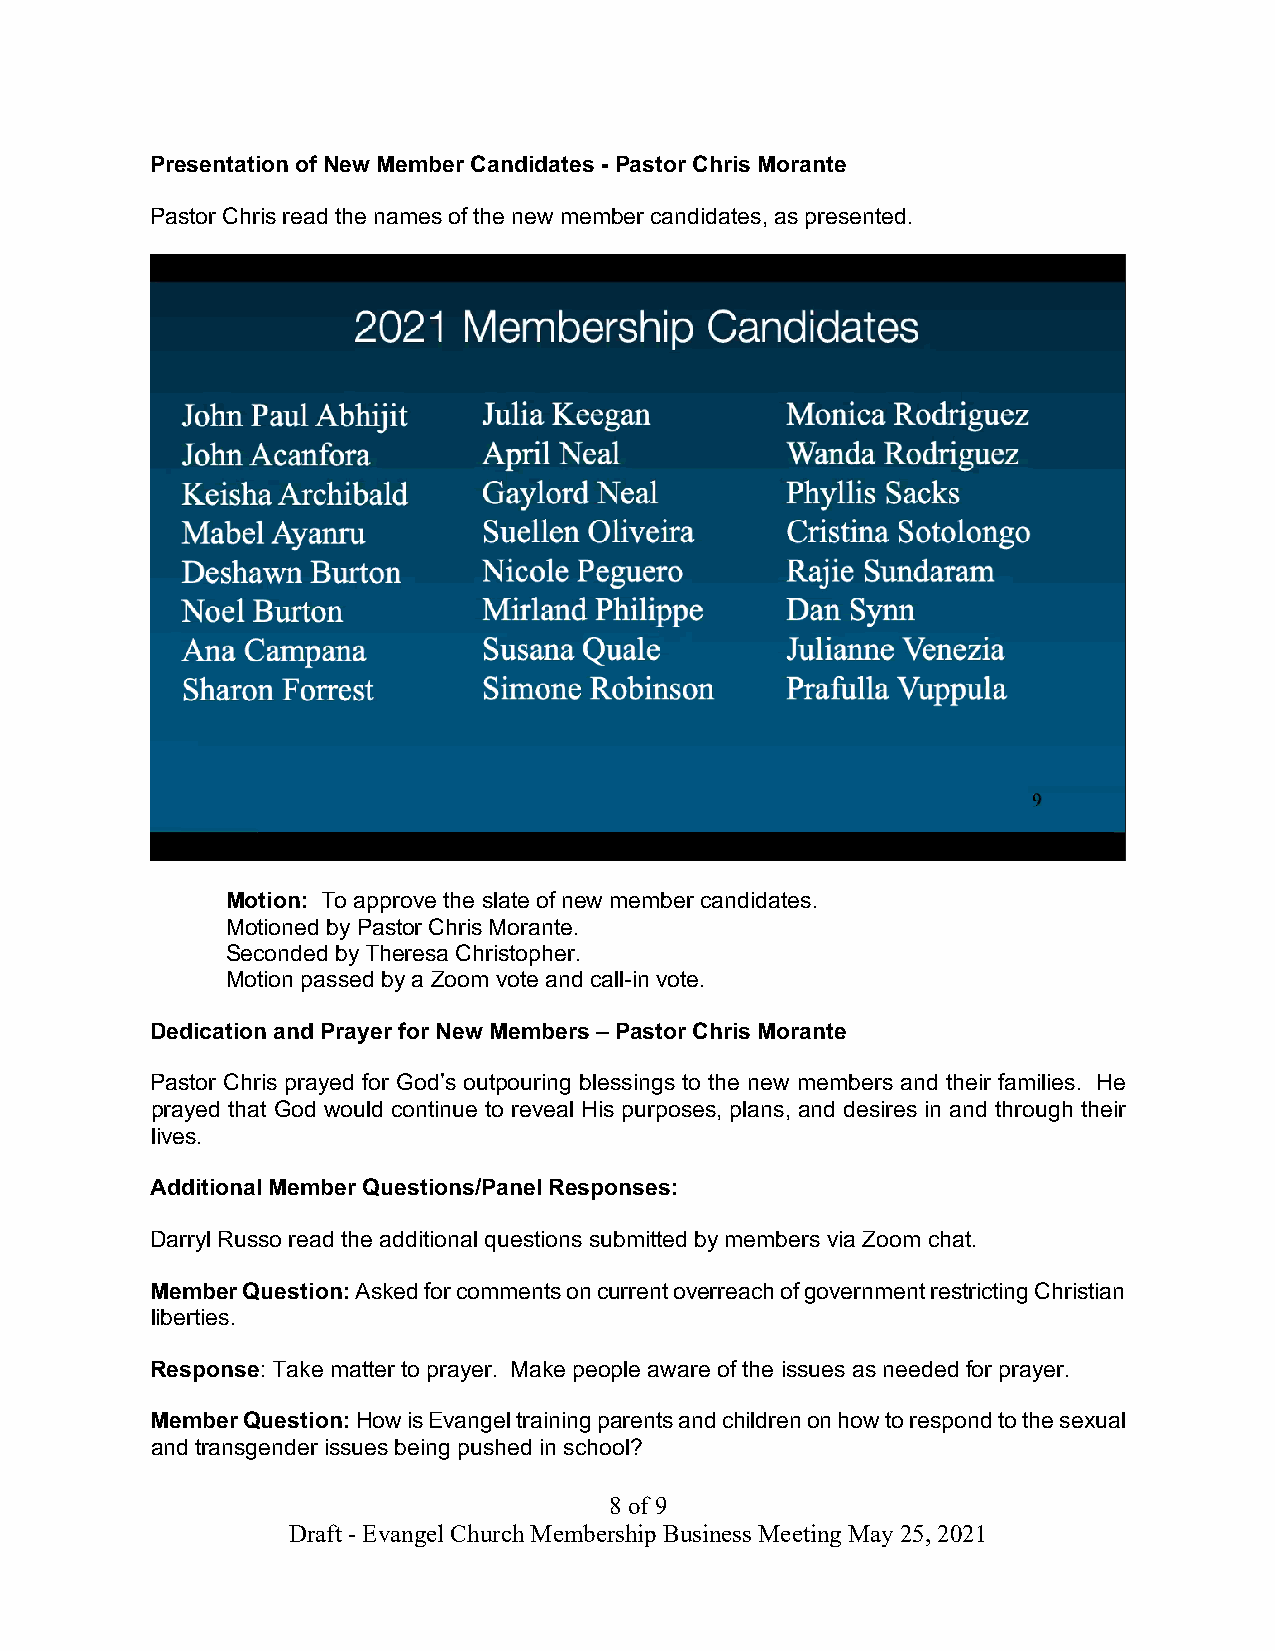
Presentation of New Member Candidates - Pastor Chris Morante
 Pastor Chris read the names of the new member candidates, as presented.
 Motion: To approve the slate of new member candidates.
 Motioned by Pastor Chris Morante.
 Seconded by Theresa Christopher.
 Motion passed by a Zoom vote and call-in vote.
 Dedication and Prayer for New Members – Pastor Chris Morante
 Pastor Chris prayed for God’s outpouring blessings to the new members and their families. He
 prayed that God would continue to reveal His purposes, plans, and desires in and through their
 lives.
 Additional Member Questions/Panel Responses:
 Darryl Russo read the additional questions submitted by members via Zoom chat.
 Member Question: Asked for comments on current overreach of government restricting Christian
 liberties.
 Response: Take matter to prayer. Make people aware of the issues as needed for prayer.
 Member Question: How is Evangel training parents and children on how to respond to the sexual
 and transgender issues being pushed in school?
 8 of 9
 Draft - Evangel Church Membership Business Meeting May 25, 2021